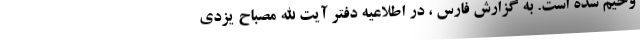
وخیم شده است. به گزارش فارس ، در اطلاعیه دفتر آیت الله مصباح یزدی